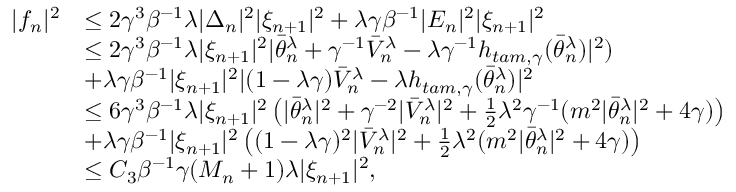
\begin{array} { r l } { | f _ { n } | ^ { 2 } } & { \leq 2 \gamma ^ { 3 } \beta ^ { - 1 } \lambda | \Delta _ { n } | ^ { 2 } | \xi _ { n + 1 } | ^ { 2 } + \lambda \gamma \beta ^ { - 1 } | E _ { n } | ^ { 2 } | \xi _ { n + 1 } | ^ { 2 } } \\ & { \leq 2 \gamma ^ { 3 } \beta ^ { - 1 } \lambda | \xi _ { n + 1 } | ^ { 2 } | \bar { \theta } _ { n } ^ { \lambda } + \gamma ^ { - 1 } \bar { V } _ { n } ^ { \lambda } - \lambda \gamma ^ { - 1 } h _ { t a m , \gamma } ( \bar { \theta } _ { n } ^ { \lambda } ) | ^ { 2 } ) } \\ & { + \lambda \gamma \beta ^ { - 1 } | \xi _ { n + 1 } | ^ { 2 } | ( 1 - \lambda \gamma ) \bar { V } _ { n } ^ { \lambda } - \lambda h _ { t a m , \gamma } ( \bar { \theta } _ { n } ^ { \lambda } ) | ^ { 2 } } \\ & { \leq 6 \gamma ^ { 3 } \beta ^ { - 1 } \lambda | \xi _ { n + 1 } | ^ { 2 } \left( | \bar { \theta } _ { n } ^ { \lambda } | ^ { 2 } + \gamma ^ { - 2 } | \bar { V } _ { n } ^ { \lambda } | ^ { 2 } + \frac { 1 } { 2 } \lambda ^ { 2 } \gamma ^ { - 1 } ( m ^ { 2 } | \bar { \theta } _ { n } ^ { \lambda } | ^ { 2 } + 4 \gamma ) \right) } \\ & { + \lambda \gamma \beta ^ { - 1 } | \xi _ { n + 1 } | ^ { 2 } \left( ( 1 - \lambda \gamma ) ^ { 2 } | \bar { V } _ { n } ^ { \lambda } | ^ { 2 } + \frac { 1 } { 2 } \lambda ^ { 2 } ( m ^ { 2 } | \bar { \theta } _ { n } ^ { \lambda } | ^ { 2 } + 4 \gamma ) \right) } \\ & { \leq C _ { 3 } \beta ^ { - 1 } \gamma ( M _ { n } + 1 ) \lambda | \xi _ { n + 1 } | ^ { 2 } , } \end{array}